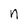
Character: n